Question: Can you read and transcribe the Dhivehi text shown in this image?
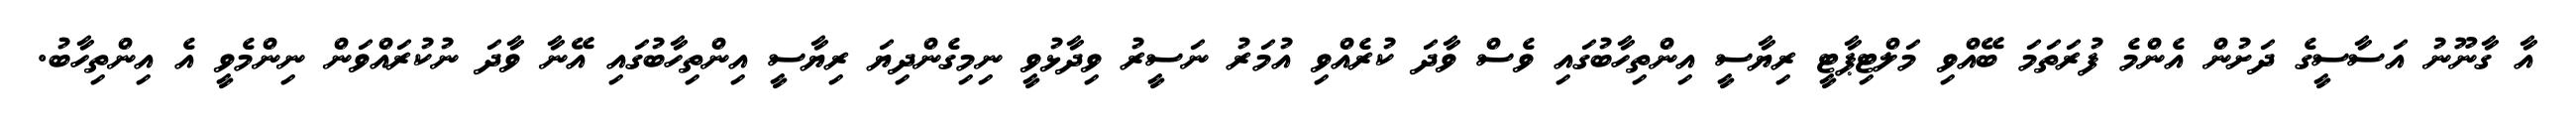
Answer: އާ ގާނޫނު އަސާސީގެ ދަށުން އެންމެ ފުރަތަމަ ބޭއްވި މަލްޓިޕާޓީ ރިޔާސީ އިންތިހާބުގައި ވެސް ވާދަ ކުރެއްވި އުމަރު ނަސީރު ވިދާޅުވީ ނިމިގެންދިޔަ ރިޔާސީ އިންތިހާބުގައި އޭނާ ވާދަ ނުކުރައްވަން ނިންމެވީ އެ އިންތިހާބު.